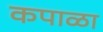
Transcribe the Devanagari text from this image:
कपाळा